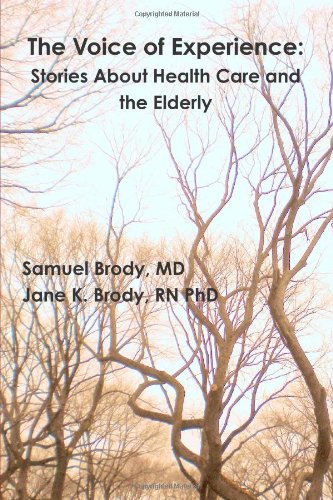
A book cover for The voice of experience: stories about health care and the elderly; Samuel Brody; Health, Fitness & Dieting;